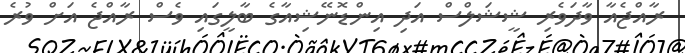
ރާއްޖެއާ ވާދަވެރި ޝީޝަލްސް އަދި އިންޑޮނޭޝިއާގެ ބާލީގައި ވެސް ރާއްޖެ އަށް ވުރެ